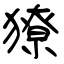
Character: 獠